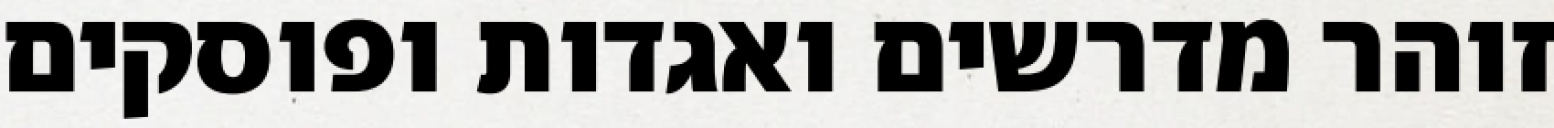
זוהר מדרשים ואגדות ופוסקים